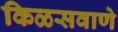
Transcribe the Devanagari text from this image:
किळसवाणे